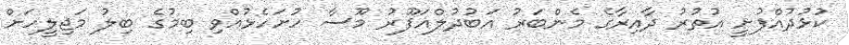
ކުޅުދުއްފުށީ އުތުރު ދާއިރާގެ މެންބަރު އަބުދުލްޣަފޫރު މޫސާ ހުށަހެޅުއްވި ބިމުގެ ބިލު މަޖިލީހަށް